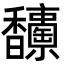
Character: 𩡥